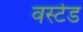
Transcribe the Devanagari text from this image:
वर्स्टेड